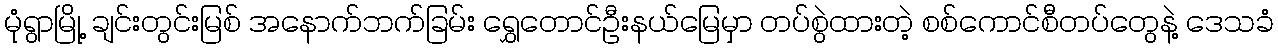
မုံရွာမြို့ ချင်းတွင်းမြစ် အနောက်ဘက်ခြမ်း ရွှေတောင်ဦးနယ်မြေမှာ တပ်စွဲထားတဲ့ စစ်ကောင်စီတပ်တွေနဲ့ ဒေသခံ